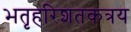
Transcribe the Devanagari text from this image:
भतृहरिशतकत्रय